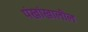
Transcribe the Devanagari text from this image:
पंखांखालील